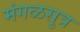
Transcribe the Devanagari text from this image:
मंगळसुत्र